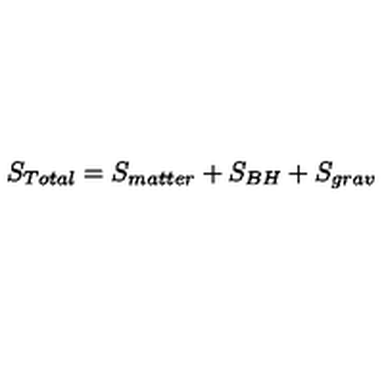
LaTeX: S _ { T o t a l } = S _ { m a t t e r } + S _ { B H } + S _ { g r a v }